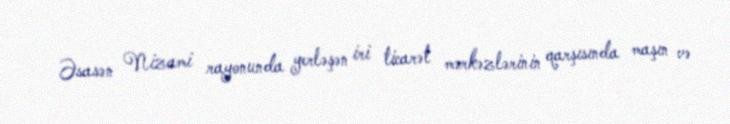
Əsasən Nizami rayonunda yerləşən iri ticarət mərkəzlərinin qarşısında maşın və